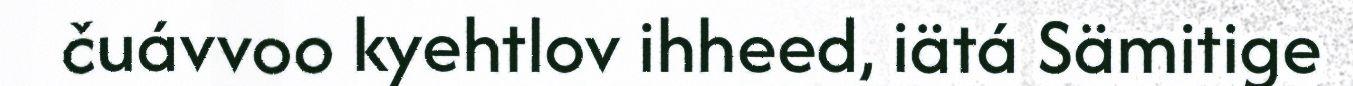
čuávvoo kyehtlov ihheed, iätá Sämitige